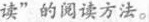
读”的阅读方法。